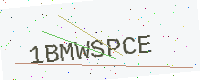
Text: 1BMWSPCE